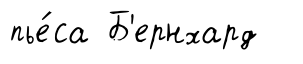
пье́са Б'ернхард